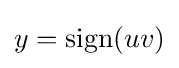
y=\operatorname {sign} (uv)